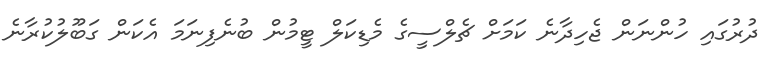
ދުރުގައި ހުންނަން ޖެހިދާނެ ކަމަށް ޗެލްސީގެ މެޑިކަލް ޓީމުން ބުނެފިނަމަ އެކަން ގަބޫލުކުރާނެ